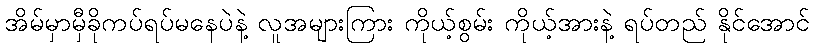
အိမ်မှာမှီခိုကပ်ရပ်မနေပဲနဲ့ လူအများကြား ကိုယ့်စွမ်း ကိုယ့်အားနဲ့ ရပ်တည် နိုင်အောင်